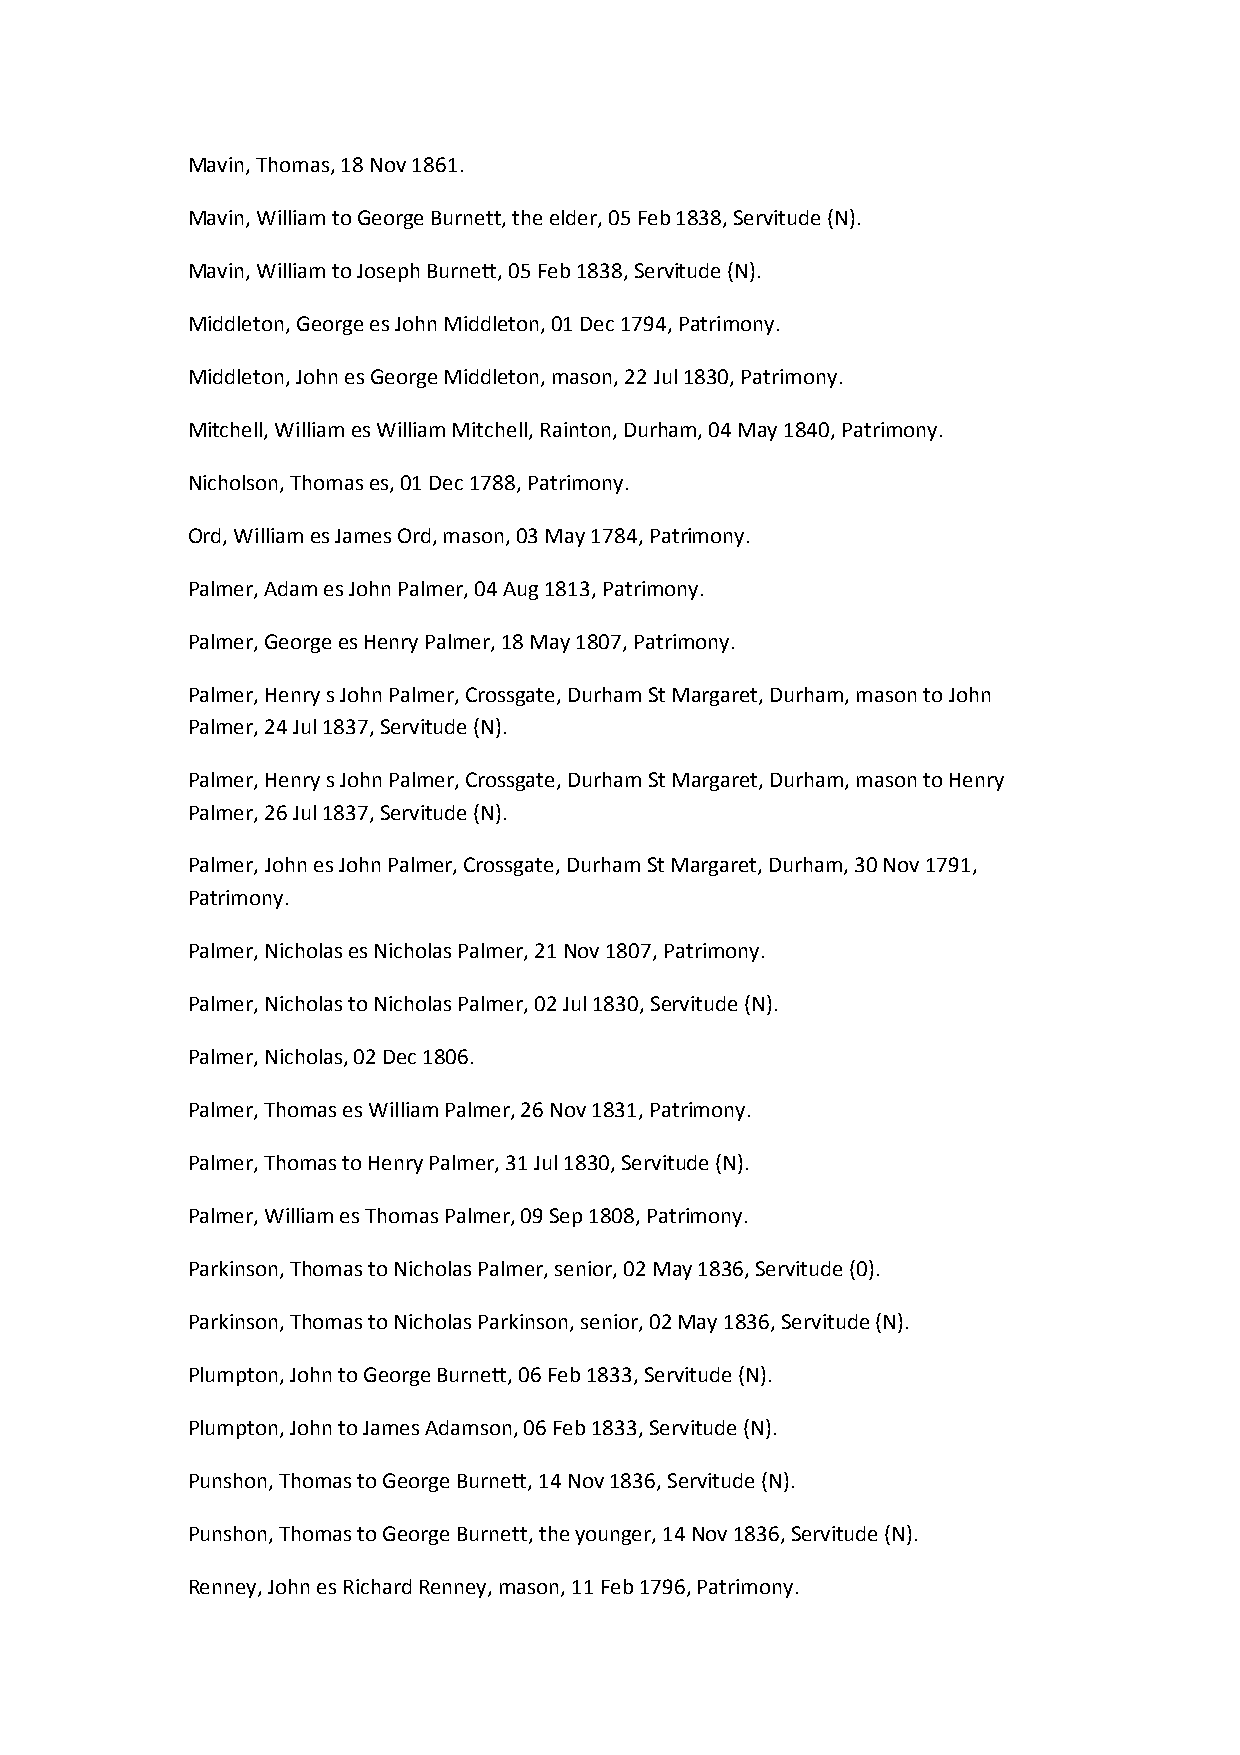
Mavin, Thomas, 18 Nov 1861.
 Mavin, William to George Burnett, the elder, 05 Feb 1838, Servitude (N).
 Mavin, William to Joseph Burnett, 05 Feb 1838, Servitude (N).
 Middleton, George es John Middleton, 01 Dec 1794, Patrimony.
 Middleton, John es George Middleton, mason, 22 Jul 1830, Patrimony.
 Mitchell, William es William Mitchell, Rainton, Durham, 04 May 1840, Patrimony.
 Nicholson, Thomas es, 01 Dec 1788, Patrimony.
 Ord, William es James Ord, mason, 03 May 1784, Patrimony.
 Palmer, Adam es John Palmer, 04 Aug 1813, Patrimony.
 Palmer, George es Henry Palmer, 18 May 1807, Patrimony.
 Palmer, Henry s John Palmer, Crossgate, Durham St Margaret, Durham, mason to John
 Palmer, 24 Jul 1837, Servitude (N).
 Palmer, Henry s John Palmer, Crossgate, Durham St Margaret, Durham, mason to Henry
 Palmer, 26 Jul 1837, Servitude (N).
 Palmer, John es John Palmer, Crossgate, Durham St Margaret, Durham, 30 Nov 1791,
 Patrimony.
 Palmer, Nicholas es Nicholas Palmer, 21 Nov 1807, Patrimony.
 Palmer, Nicholas to Nicholas Palmer, 02 Jul 1830, Servitude (N).
 Palmer, Nicholas, 02 Dec 1806.
 Palmer, Thomas es William Palmer, 26 Nov 1831, Patrimony.
 Palmer, Thomas to Henry Palmer, 31 Jul 1830, Servitude (N).
 Palmer, William es Thomas Palmer, 09 Sep 1808, Patrimony.
 Parkinson, Thomas to Nicholas Palmer, senior, 02 May 1836, Servitude (0).
 Parkinson, Thomas to Nicholas Parkinson, senior, 02 May 1836, Servitude (N).
 Plumpton, John to George Burnett, 06 Feb 1833, Servitude (N).
 Plumpton, John to James Adamson, 06 Feb 1833, Servitude (N).
 Punshon, Thomas to George Burnett, 14 Nov 1836, Servitude (N).
 Punshon, Thomas to George Burnett, the younger, 14 Nov 1836, Servitude (N).
 Renney, John es Richard Renney, mason, 11 Feb 1796, Patrimony.